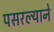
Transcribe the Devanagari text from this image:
पसरल्याने